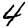
Digit: 4